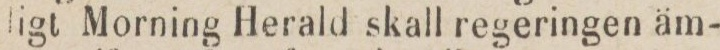
ligt Morning Herald skall regeringen äm-